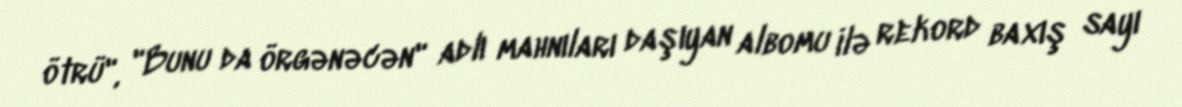
ötrü", "Bunu da örgənəcən" adlı mahnıları daşıyan albomu ilə rekord baxış sayı